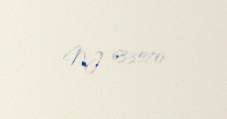
NJ 633570